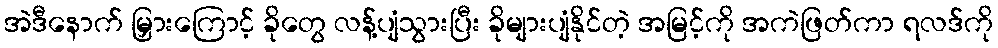
အဲဒီနောက် မြှားကြောင့် ခိုတွေ လန့်ပျံသွားပြီး ခိုများပျံနိုင်တဲ့ အမြင့်ကို အကဲဖြတ်ကာ ရလဒ်ကို